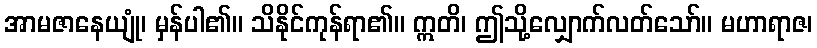
အာမဇာနေယျုံ၊ မှန်ပါ၏။ သိနိုင်ကုန်ရာ၏။ ဣတိ၊ ဤသို့လျှောက်လတ်သော်။ မဟာရာဇ၊